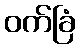
ဝက်ခြံ